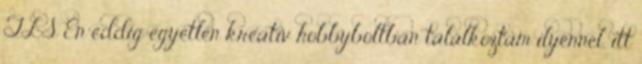
TLS Én eddig egyetlen kreatív hobbyboltban találkoztam ilyennel, itt